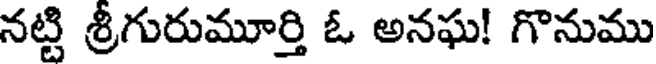
నట్టి శ్రీగురుమూర్తి ఓ అనఘ! గొనుము